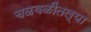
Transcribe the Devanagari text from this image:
चळवळींतल्या